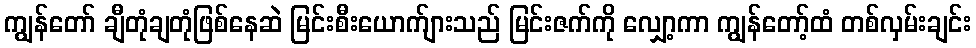
ကျွန်တော် ချီတုံချတုံဖြစ်နေဆဲ မြင်းစီးယောက်ျားသည် မြင်းဇက်ကို လျှော့ကာ ကျွန်တော့်ထံ တစ်လှမ်းချင်း